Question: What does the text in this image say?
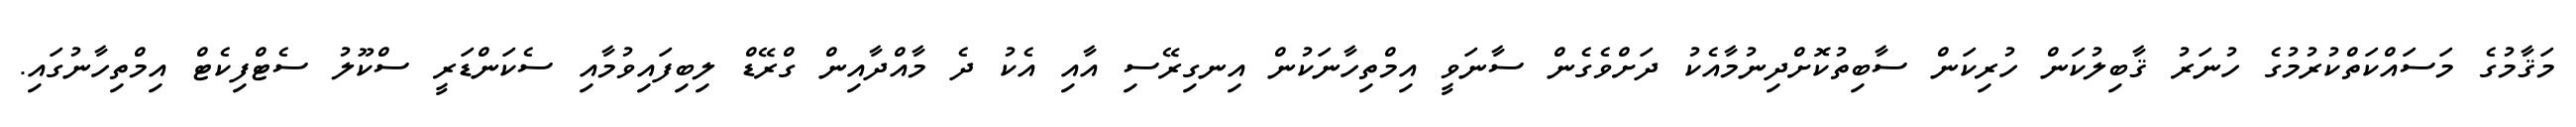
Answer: މަޤާމުގެ މަސައްކަތްކުރުމުގެ ހުނަރު ޤާބިލުކަން ހުރިކަން ސާބިތުކޮށްދިނުމާއެކު ދަށްވެގެން ސާނަވީ އިމްތިހާނަކުން އިނގިރޭސި އާއި އެކު ދެ މާއްދާއިން ގްރޭޑް ލިބިފައިވުމާއި ސެކަންޑަރީ ސްކޫލު ސެޓްފިކެޓް އިމްތިހާނުގައި.